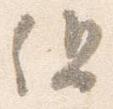
但